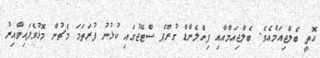
އޮތީ ބެލްޖިއަމްއެވެ. ބެލްޖިއަމްއާއި ފިންލެންޑް ގުރޫޕް ސްޓޭޖުގައި ކުޅުނު ފުރަތަމަ މެޗުން މޮޅުވެފައިވާއިރު